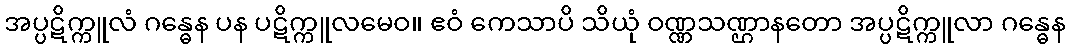
အပ္ပဋိက္ကူလံ ဂန္ဓေန ပန ပဋိက္ကူလမေဝ။ ဧဝံ ကေသာပိ သိယုံ ဝဏ္ဏသဏ္ဌာနတော အပ္ပဋိက္ကူလာ ဂန္ဓေန